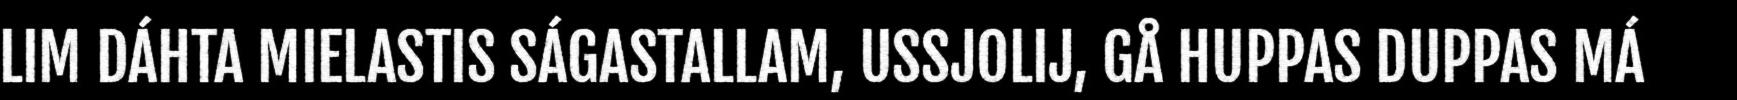
LIM DÁHTA MIELASTIS SÁGASTALLAM, USSJOLIJ, GÅ HUPPAS DUPPAS MÁ